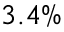
3 . 4 \%